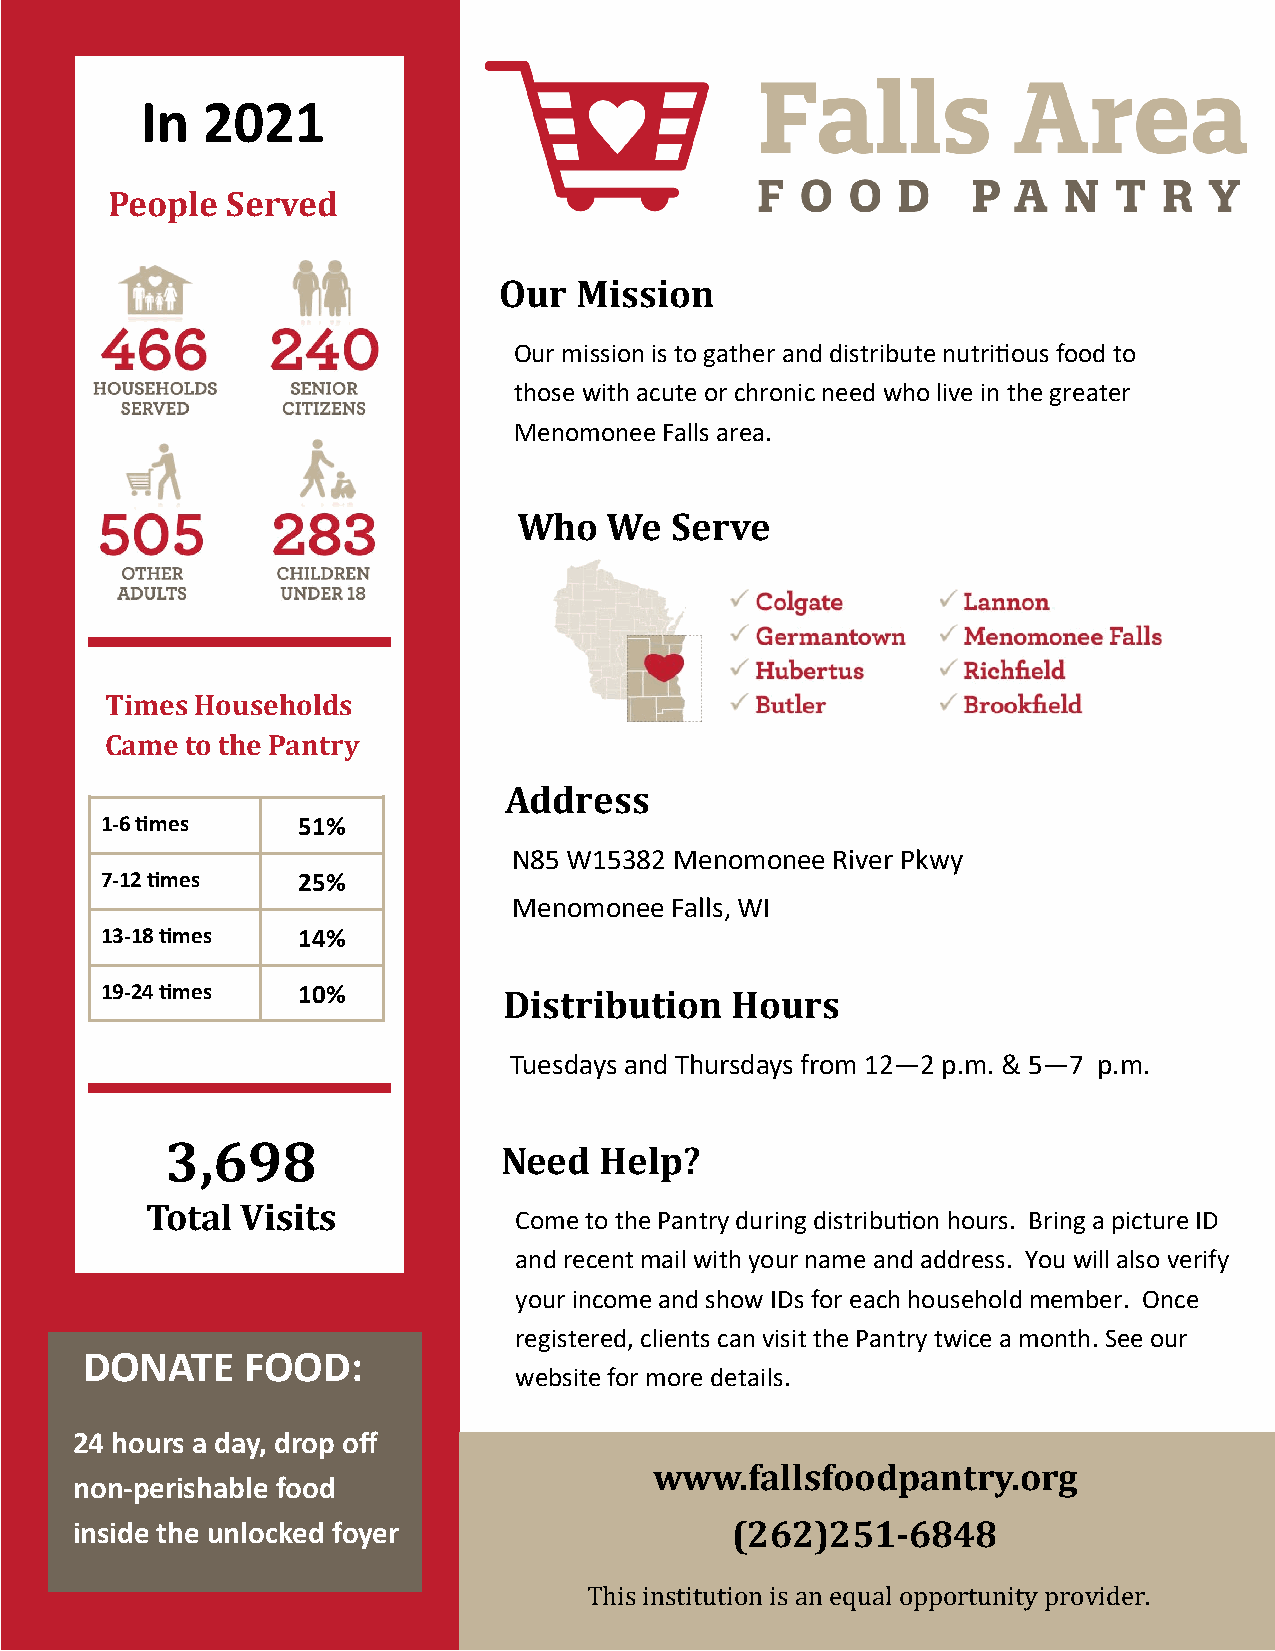
In  2021
 People  Served
 Our  Mission
 Our mission is to gather and distribute nutritious food to
 those with acute or chronic need who live in the greater
 Menomonee Falls area.
 Who   We  Serve
 Times Households
 Came to the Pantry
 Address
 1-6 times    51%
 N85 W15382 Menomonee River Pkwy
 7-12 times   25%
 Menomonee Falls, WI
 13-18 times  14%
 19-24 times  10%          Distribution   Hours
 Tuesdays and Thursdays from 12—2 p.m. & 5—7 p.m.
 3,698
 Need   Help?
 Total Visits
 Come to the Pantry during distribution hours. Bring a picture ID
 and recent mail with your name and address. You will also verify
 your income and show IDs for each household member. Once
 registered, clients can visit the Pantry twice a month. See our
 DONATE     FOOD:
 website for more details.
 24 hours a day, drop off
 www.fallsfoodpantry.org
 non-perishable food
 inside the unlocked foyer                  (262)251-6848
 This institution is an equal opportunity provider.